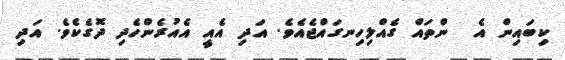
ކިބައިން އެ  ންތައް ގެއްލިހިނގައްޖެއެވެ. އަދި އެއީ އެއުރެންހެދި ދޮގެކެވެ. އަދި